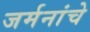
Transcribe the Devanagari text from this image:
जर्मनांचे